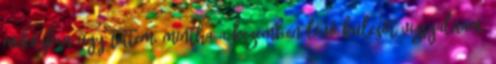
miközben úgy tettem, mintha a kezemben lévő kulcsot vizsgálnám.